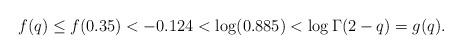
LaTeX: \begin{align*}f(q) \leq f(0.35) < -0.124 < \log(0.885) < \log \Gamma(2-q) = g(q).\end{align*}